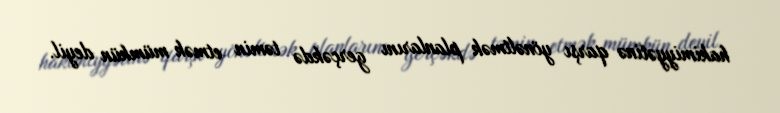
hakimiyyətinə qarşı yönəltmək planlarını gerçəkdə təmin etmək mümkün deyil.